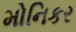
મોનિકર